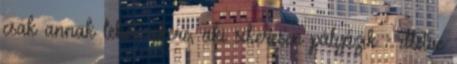
csak annak lehet sikere, aki sikeresen pályázik - illetve